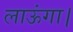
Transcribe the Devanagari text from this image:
लाऊंगा।